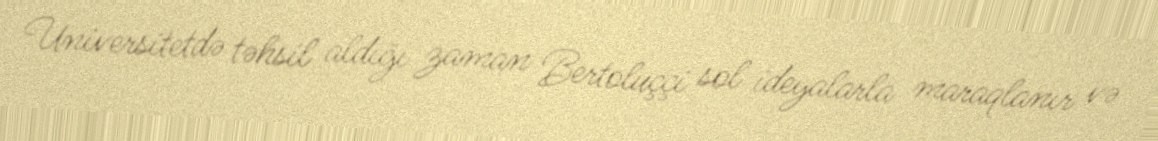
Universitetdə təhsil aldığı zaman Bertoluççi sol ideyalarla maraqlanır və